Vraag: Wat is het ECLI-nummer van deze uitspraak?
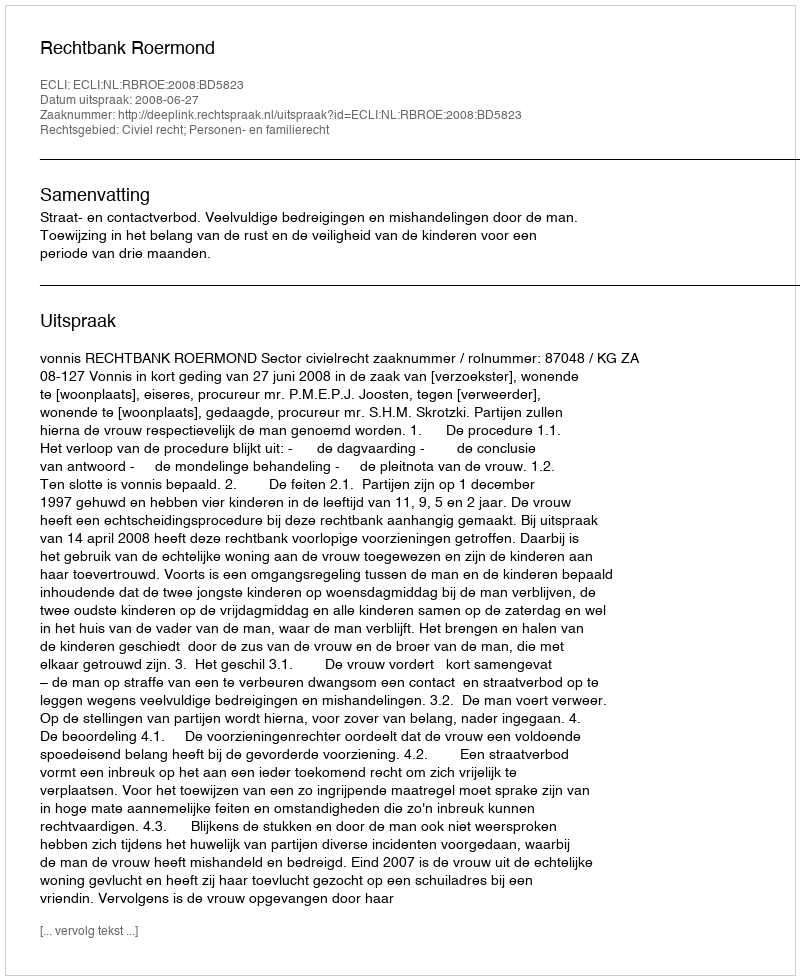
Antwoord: ECLI:NL:RBROE:2008:BD5823